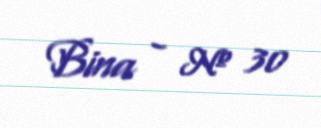
Bina - № 30